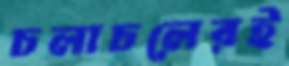
চলাচলেরই